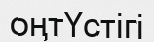
оңтҮстігі